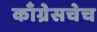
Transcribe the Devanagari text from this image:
काँग्रेसचेच